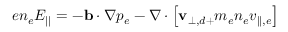
e n _ { e } E _ { | | } = - \mathbf { b } \cdot \nabla p _ { e } - \nabla \cdot \left[ \mathbf { v } _ { \perp , d + } m _ { e } n _ { e } v _ { | | , e } \right]